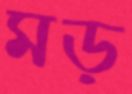
মড়